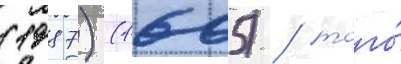
(1987) (1605) / того́